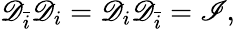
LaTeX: \mathscr{D}_{\bar{{i}}}\mathscr{D}_{i}=\mathscr{D}_{i}\mathscr{D}_{\bar{{i}}}=\mathscr{{I}},